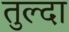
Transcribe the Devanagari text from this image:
तुल्दा